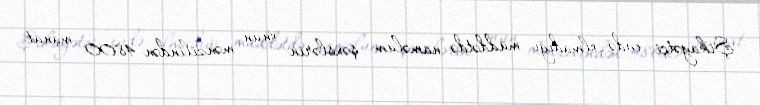
Şikayətçi evdə olmadığı müddətdə naməlum şəxslərin onun mənzilindən 4800 manat